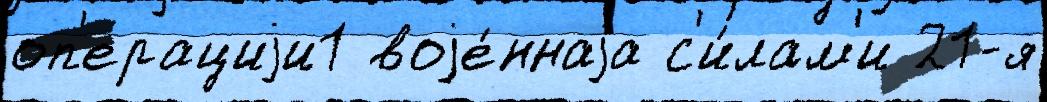
оп'ерациjи1 воjе́ннаjа с'и́лам'и 21-я